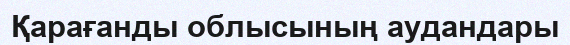
Қарағанды облысының аудандары